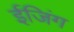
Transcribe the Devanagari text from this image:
ईजिंग